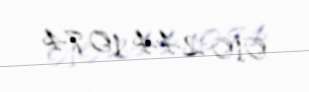
010 244 10 74